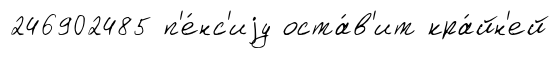
246902485 п'е́нс'иjу оста́в'ит кра́йн'ей